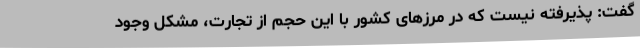
گفت: پذیرفته نیست که در مرزهای کشور با این حجم از تجارت، مشکل وجود